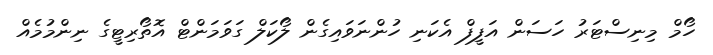
ހޯމް މިނިސްޓަރު ހަސަން އަފީފް އެކަނި ހުންނަވައިގެން ލޯކަލް ގަވަމަންޓް އޮތޯރިޓީގެ ނިންމުމެއް